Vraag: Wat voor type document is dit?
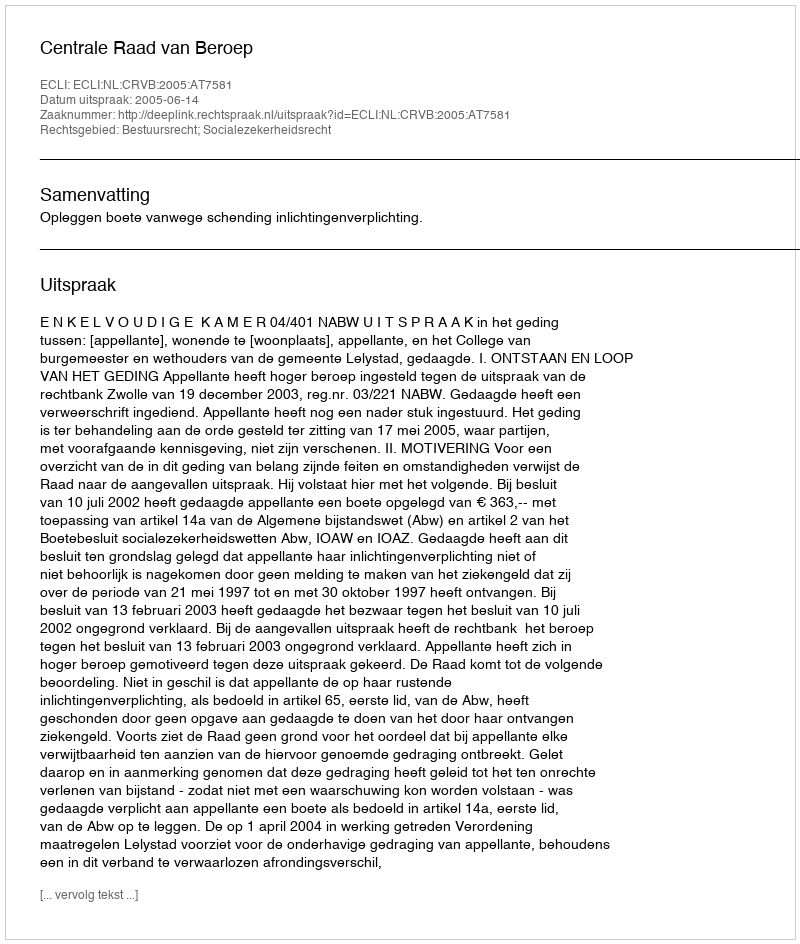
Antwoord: Uitspraak